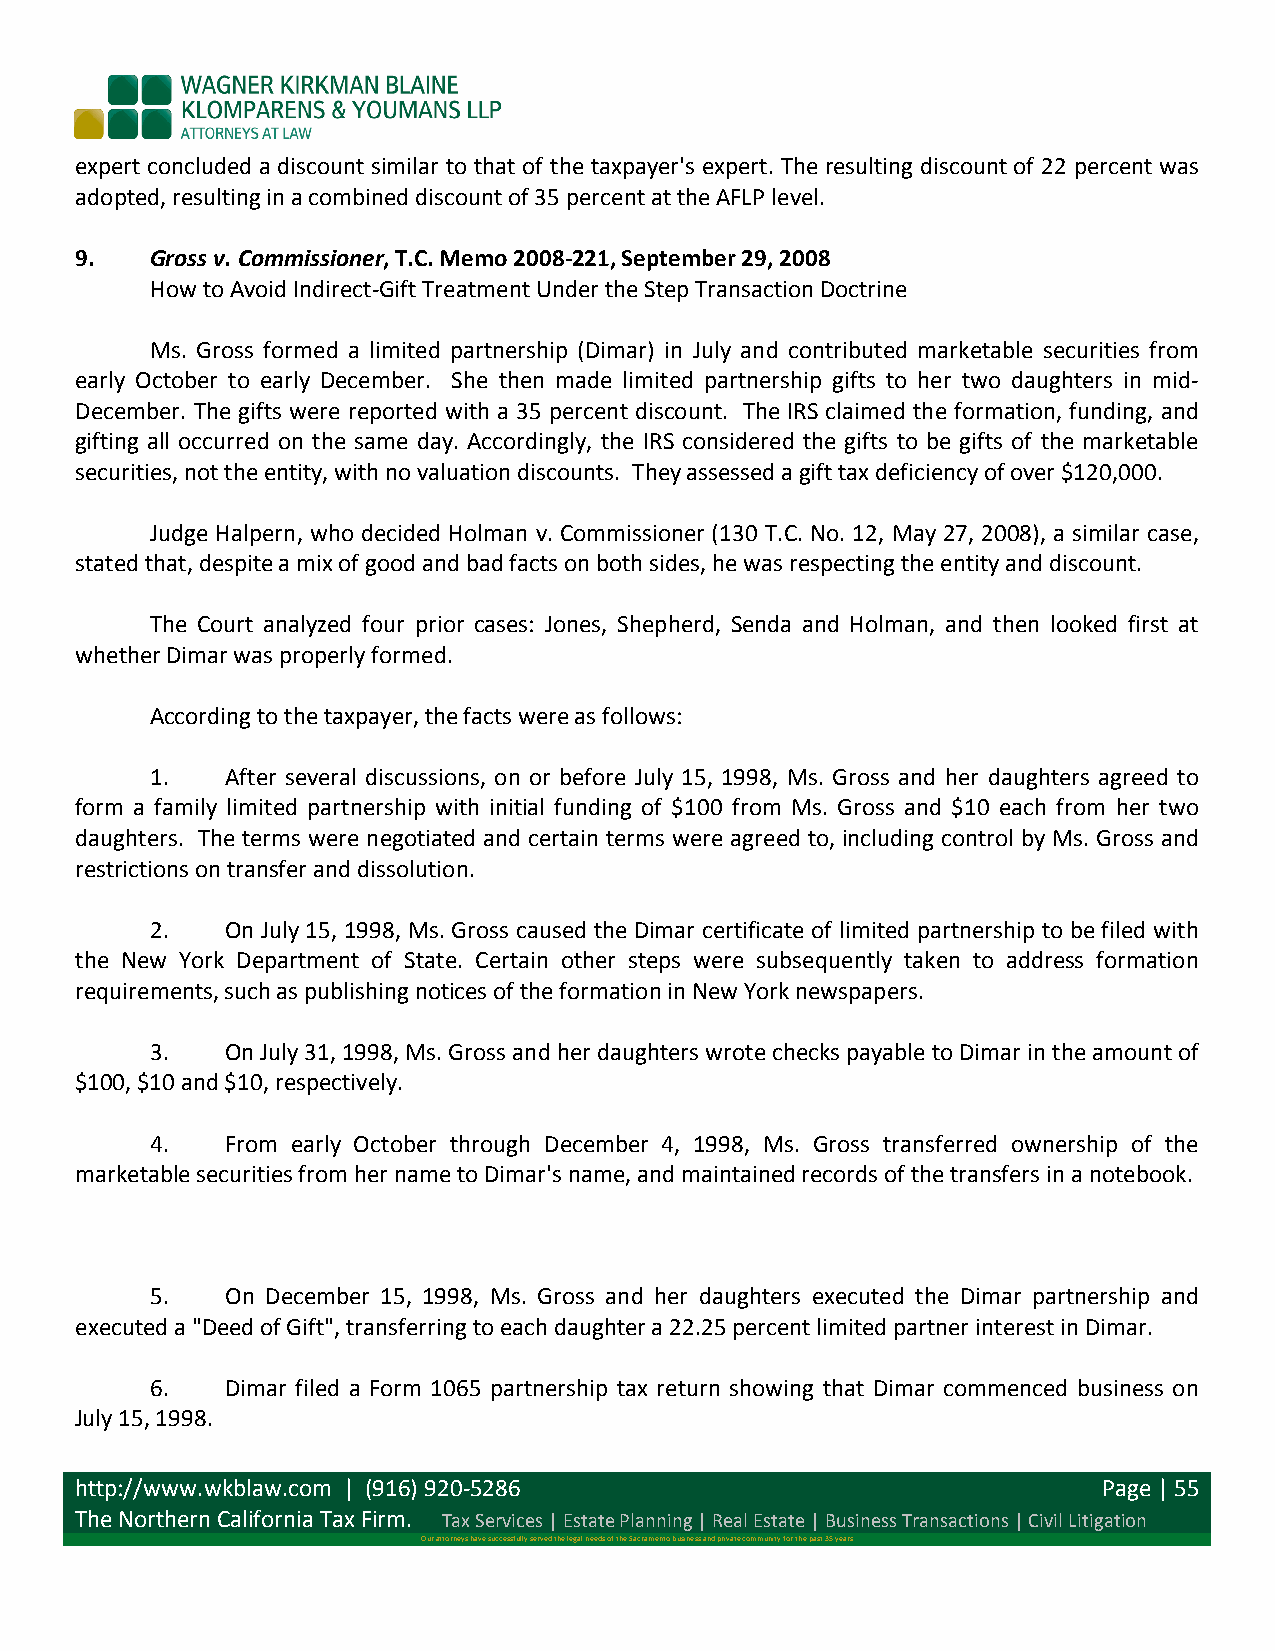
expert concluded a discount similar to that of the taxpayer's expert. The resulting discount of 22 percent was
 adopted, resulting in a combined discount of 35 percent at the AFLP level.
 9.   Gross v. Commissioner, T.C. Memo 2008-­‐221, September 29, 2008
 How to Avoid Indirect-­‐Gift Treatment Under the Step Transaction Doctrine
 Ms. Gross formed a limited partnership (Dimar) in July and contributed marketable securities from
 early October to early December. She then made limited partnership gifts to her two daughters in mid-­‐
 December. The gifts were reported with a 35 percent discount. The IRS claimed the formation, funding, and
 gifting all occurred on the same day. Accordingly, the IRS considered the gifts to be gifts of the marketable
 securities, not the entity, with no valuation discounts. They assessed a gift tax deficiency of over $120,000.
 Judge Halpern, who decided Holman v. Commissioner (130 T.C. No. 12, May 27, 2008), a similar case,
 stated that, despite a mix of good and bad facts on both sides, he was respecting the entity and discount.
 The Court analyzed four prior cases: Jones, Shepherd, Senda and Holman, and then looked first at
 whether Dimar was properly formed.
 According to the taxpayer, the facts were as follows:
 1.   After several discussions, on or before July 15, 1998, Ms. Gross and her daughters agreed to
 form a family limited partnership with initial funding of $100 from Ms. Gross and $10 each from her two
 daughters. The terms were negotiated and certain terms were agreed to, including control by Ms. Gross and
 restrictions on transfer and dissolution.
 2.   On July 15, 1998, Ms. Gross caused the Dimar certificate of limited partnership to be filed with
 the New York Department of State. Certain other steps were subsequently taken to address formation
 requirements, such as publishing notices of the formation in New York newspapers.
 3.   On July 31, 1998, Ms. Gross and her daughters wrote checks payable to Dimar in the amount of
 $100, $10 and $10, respectively.
 4.   From early October through December 4, 1998, Ms. Gross transferred ownership of the
 marketable securities from her name to Dimar's name, and maintained records of the transfers in a notebook.
 5.   On December 15, 1998, Ms. Gross and her daughters executed the Dimar partnership and
 executed a "Deed of Gift", transferring to each daughter a 22.25 percent limited partner interest in Dimar.
 6.   Dimar filed a Form 1065 partnership tax return showing that Dimar commenced business on
 July 15, 1998.
 http://www.wkblaw.com | (916) 920-­‐5286                            Page | 55
 The Northern California Tax Firm. Tax Services | Estate Planning | Real Estate | Business Transactions | Civil Litigation
 Our attorneys have successfully served the legal needs of the Sacramento business and private community for the past 35 years